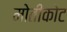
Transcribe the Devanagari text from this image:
मोतीकोट